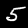
Digit: 5